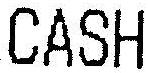
CASH